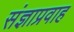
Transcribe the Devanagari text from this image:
संज्ञाप्रवाह